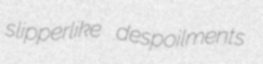
slipperlike despoilments